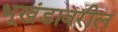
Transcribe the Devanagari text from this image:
भूखंडावरील